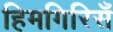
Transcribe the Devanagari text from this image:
हिमगिरिसँ